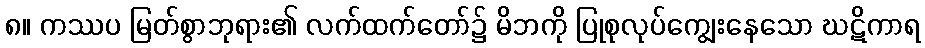
၈။ ကဿပ မြတ်စွာဘုရား၏ လက်ထက်တော်၌ မိဘကို ပြုစုလုပ်ကျွေးနေသော ဃဋိကာရ